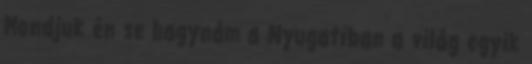
Mondjuk én se hagynám a Nyugatiban a világ egyik